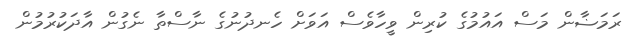
ރަމަޟާން މަސް އައުމުގެ ކުރިން ވީހާވެސް އަވަށް ހެނދުނުގެ ނާސްތާ ނެގުން އާދަކުރުމުން